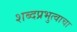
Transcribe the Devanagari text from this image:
शब्दप्रभुत्वाचा